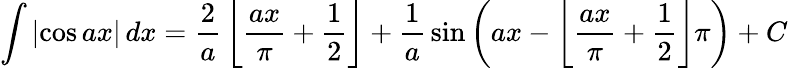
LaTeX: \int\left|\cos{ax}\right|\, dx={\frac{2}{a}}\left\lfloor{\frac{ax}{\pi}}+{\frac{1}{2}}\right\rfloor+{\frac{1}{a}}\sin{\left(ax-\left\lfloor{\frac{ax}{\pi}}+{\frac{1}{2}}\right\rfloor\pi\right)}+C